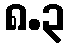
၈.၃